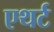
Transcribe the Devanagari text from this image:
एथर्ट